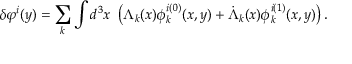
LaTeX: \delta \varphi ^ { i } ( y ) = \sum _ { k } \int d ^ { 3 } x \ \left( \Lambda _ { k } ( x ) \phi _ { k } ^ { i ( 0 ) } ( x , y ) + \dot { \Lambda } _ { k } ( x ) \phi _ { k } ^ { i ( 1 ) } ( x , y ) \right) .